Report of the Municipal Commissioner on the plague in Bombay for the year ending 31st May... - Volume 2
Disease focus: Plague
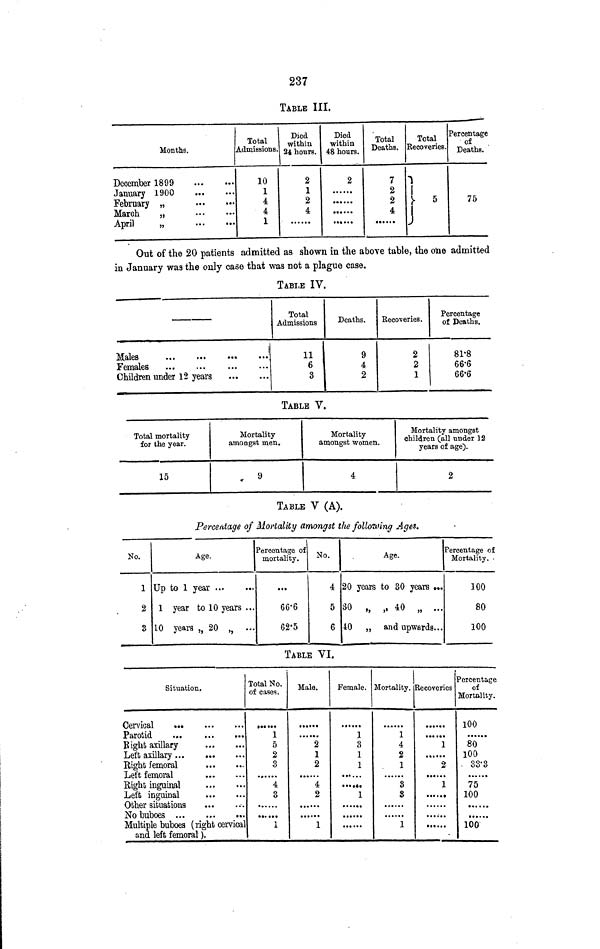
237
TABLE III.
Months.
December 1899
January 1900
"Pphrnar v
»
» * •
» * *
March
,,
April
„
Total
Admissions.
10
1
4
4
1
Died
within
24 hours.
2
1
2
4
Died
•within
48 hours.
2
Total
Deaths.
7
2
2
4
Total
Kecoveries.
1
Y 5
J
Percentage
of
Deaths.
75
Out of the 20 patients admitted as shown in the above table, the one admitted
in January was the only case that was not a plague case.
TABLE IV.
Males
Females
Children under 12 years
Total
Admissions
11
6
3
Deaths.
9
4
2
Recoveries.
2
2
1
Percentage
of Deaths.
81'8
66'6
66'6
TABLE V.
Total mortality
for the year.
15
Mortality
amongst men.
V
»
Mortality
amongst women.
4
Mortality amongst
children (all under 12
years of age).
2
TABLE V (A).
Percentage of Mortality amongst the following Ages.
No.
1
2
3
Age.
Up to 1 year
1 year to 10 years ...
10 years ,,20 ,, ...
?ercentage of
mortality.
...
66'6
62'5
No.
4
5
6
Age.
20 years to 30 years ...
30 „ „ 40 „ ...
40 „ and upwards...
Percentage of
Mortality. •
100
80
100
TABLE VI.
Situation,
Cervical
Parotid
.,.
Rights axillary
Left axillary
Right femoral
Left femoral
Right inguinal
Left inguinal
Other situations
No buboes ...
Multiple buboes (right cervical
and left femoral ).
Total No.
of cases.
1
0
2
3
4
3
1
Male.
0
2
1
2
4
2
1
Female.
1
3
1
1
•«»«».
1
... • . .
Mortality.
1
4
2
1
3
8
1
Recoveries
1
2
1
... •••
»•• .
Percentage
of
Mortality.
100
80
100
. 33'3
75
100
100